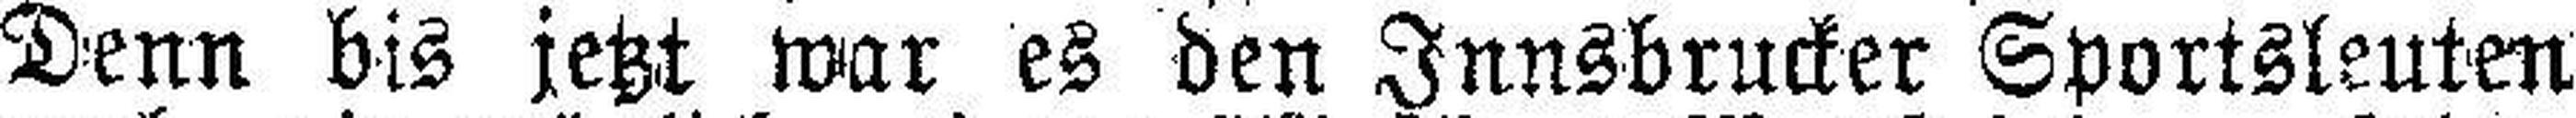
Denn bis jetzt war es den Innsbrucker Sportsleuten